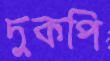
দুকপি